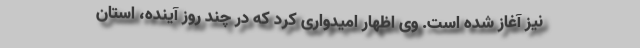
نیز آغاز شده است. وی اظهار امیدواری کرد که در چند روز آینده، استان